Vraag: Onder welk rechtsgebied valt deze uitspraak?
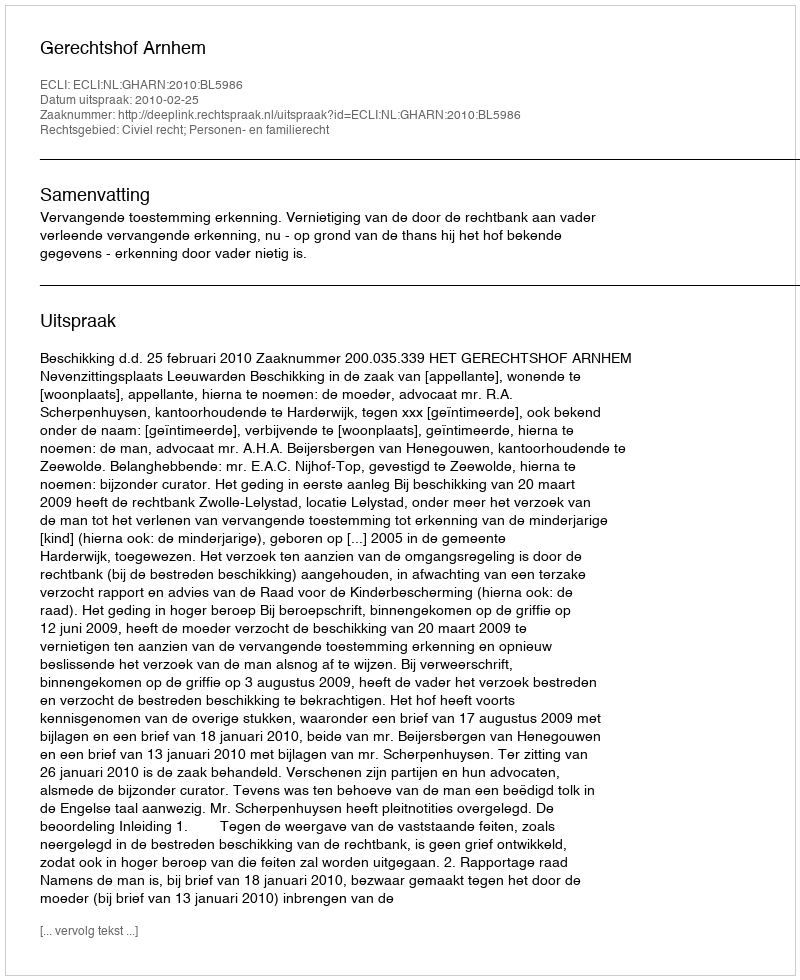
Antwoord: Civiel recht; Personen- en familierecht